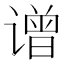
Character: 𬤤